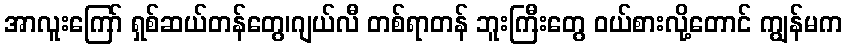
အာလူးကြော် ရှစ်ဆယ်တန်တွေ၊ဂျယ်လီ တစ်ရာတန် ဘူးကြီးတွေ ဝယ်စားလို့တောင် ကျွန်မက